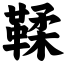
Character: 鞣